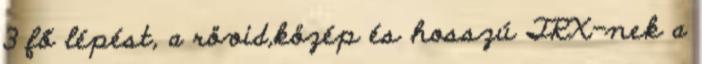
3 fő lépést, a rövid,közép és hosszú TRX-nek a